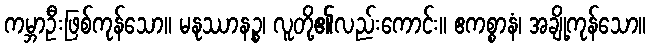
ကမ္ဘာဦးဖြစ်ကုန်သော။ မနုဿာနဉ္စ၊ လူတို့၏လည်းကောင်း။ ဧကစ္စာနံ၊ အချို့ကုန်သော။